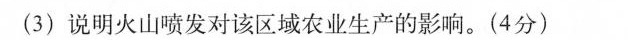
(3)说明火山喷发对该区域农业生产的影响。(4分)